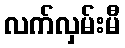
လက်လှမ်းမီ